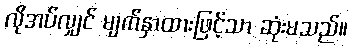
လိုအပ်လျှင် မျက်နှာထားဖြင့်သာ ဆုံးမသည်။